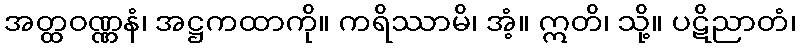
အတ္ထဝဏ္ဏနံ၊ အဋ္ဌကထာကို။ ကရိဿာမိ၊ အံ့။ ဣတိ၊ သို့။ ပဋိညာတံ၊